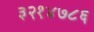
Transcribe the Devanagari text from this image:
३२१४७८६